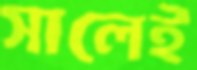
সালেই